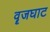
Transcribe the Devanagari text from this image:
वॄजघाट